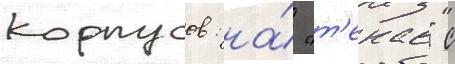
корпусов: на́ "т'екае" с